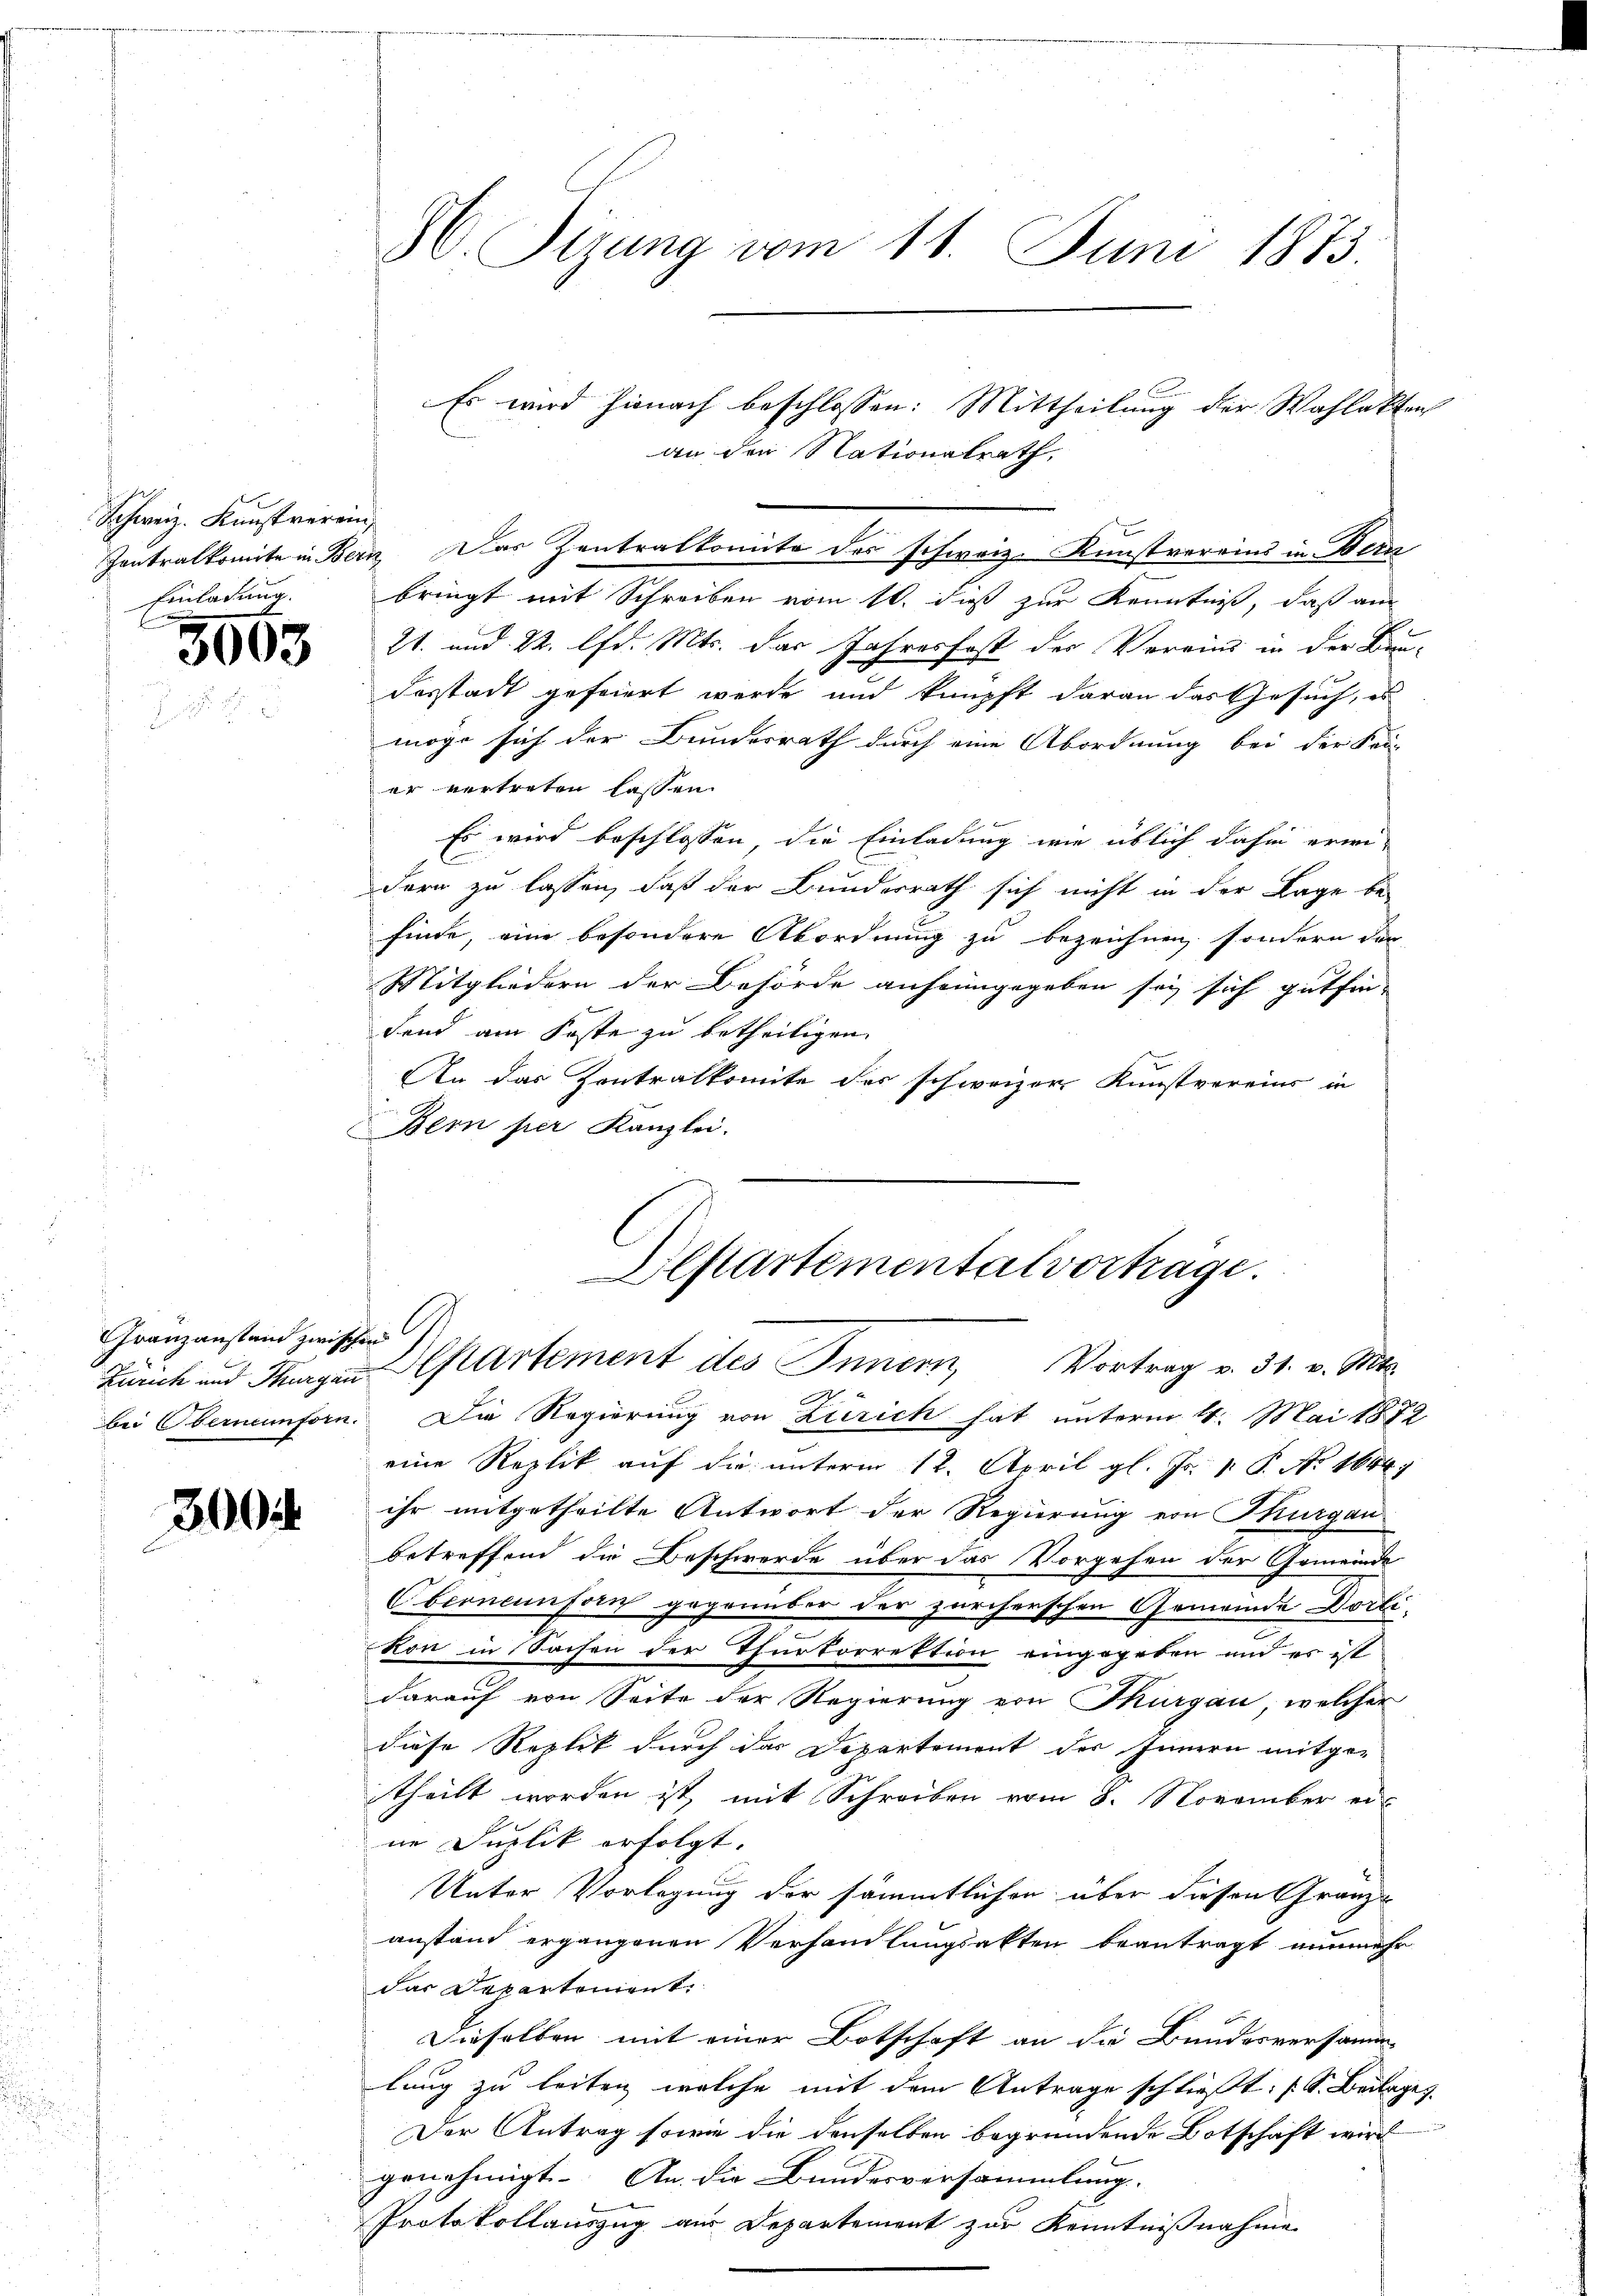
Schweiz. Kunstverein
Einladung.

3063

Gränzanstand zwischen

3004

86. Sizung vom 11. Juni 1873.

an den Nationalrath,
Zontralkomite in Bern. Das Zentralkomite des schweiz. Kunstvereins in Bern
bringt mit Schreiben vom 10. daß zur Kenntniß, daß am
21. und 22. lfd. Mts. das Jahresfest der Vereins in der Bau-
desstadt gefeiert werde und knüpft daran das Gesuch, es
möge sich der Bundesrath durch eine Abordnung bei der Sei
er vertreten lassen.
Es wird beschlossen, die Einladung wie üblich dahin erwi-
dern zu lassen, daß der Bundesrath sich nicht in der Lage be-
finde, eine besondere Abordnung zu bezeichnen, sondern der
Mitgliedern der Behörde anheimgegeben sey sich gutfinfend am Faste zu betheiligen.
An das Contralkomite des schweizer Kunstvereins in
Bern per Kanzlei.
bei Oberneunforn. Die Regierung von Zürich hat unterm 14. Mai 1872
eine Replik auf die unterm 12. April gl. Js. v. P. No 1644)
ihr mitgetheilte Antwort der Regierung von Thurgau
betreffend die Beschwerde über das Vorgehen der Gemeinde
Oberneunforn gegenüber der zürcherschen Gemeinde Dorli
kon in Sachen der Thurkorrektion eingegeben und es ist
darauf von Seite der Regierung von Thurgau, welcher
diese Replik durch das Departement der Innern mitgetheilt worden ist, mit Schreiben vom 8. November eine Duplik erfolgt.
Unter Vorlegung der sämmtlichen über diesen Granz-
anstand ergangenen Verhandlungsakten beantragt nunmehr
das Departement.
Dieselben mit einer Botschaft an die Bundesversamm-
lung zu leiten, welche mit dem Antrage schließt: (S. Beilagen
Der Antrag sowie die denselben begründende Botschaft wird
genehmigt. An die Bundesversammlung.
Protokollauszug aus Departement zur Kenntnißnahme
.
.

Es wird hienach beschlossen: Mittheilung der Wahlakten

Alftartemental vorträge.
Zürich und Hungen partement des Innern, Vortrag v. 31. v. Mts.